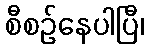
စီစဉ်နေပါပြီ၊